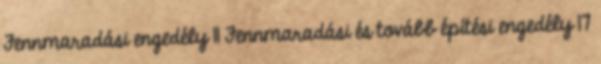
Fennmaradási engedély 11 Fennmaradási és tovább építési engedély 17